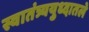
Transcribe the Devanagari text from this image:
स्वातंत्र्ययुध्दातले